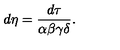
d \eta = \frac { d \tau } { \alpha \beta \gamma \delta } .